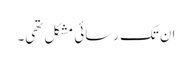
ان تک رسائی مشکل تھی۔